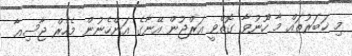
މި ޚަބަރުތައް މާ ހޫނުވާ ގޮތްވީ އަރްޖުން އޭނާގެ އަންހެނުން މެހެރް ޖާސިއާ